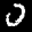
Label: 0